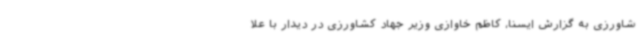
شاورزی به گزارش ایسنا، کاظم خاوازی وزیر جهاد کشاورزی در دیدار با علا